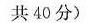
共40分)